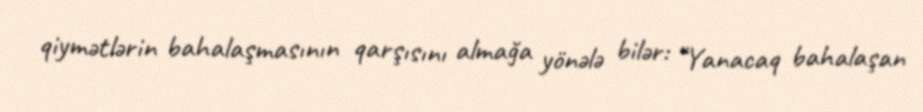
qiymətlərin bahalaşmasının qarşısını almağa yönələ bilər: “Yanacaq bahalaşan